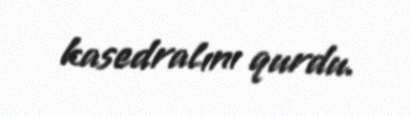
kasedralını qurdu.